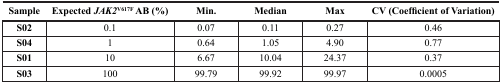
<table><thead><tr><td><b>Sample</b></td><td><b>Expected <i>JAK2</i><sup>V617F</sup>AB (%)</b></td><td><b>Min.</b></td><td><b>Median</b></td><td><b>Max</b></td><td><b>CV (Coefficient of Variation)</b></td></tr></thead><tbody><tr><td><b>S02</b></td><td>0.1</td><td>0.07</td><td>0.11</td><td>0.27</td><td>0.46</td></tr><tr><td><b>S04</b></td><td>1</td><td>0.64</td><td>1.05</td><td>4.90</td><td>0.77</td></tr><tr><td><b>S01</b></td><td>10</td><td>6.67</td><td>10.04</td><td>24.37</td><td>0.37</td></tr><tr><td><b>S03</b></td><td>100</td><td>99.79</td><td>99.92</td><td>99.97</td><td>0.0005</td></tr></tbody></table>